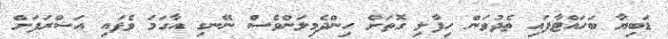
ޑަބިޔާ ބަހައްޓާފައި ތެދުވަން ހިފާލި ގޮތަށް ހިންދެމިލަންވެސް ނޭނގި އާގަމަ ވެފައި އަޝްރަފަށް